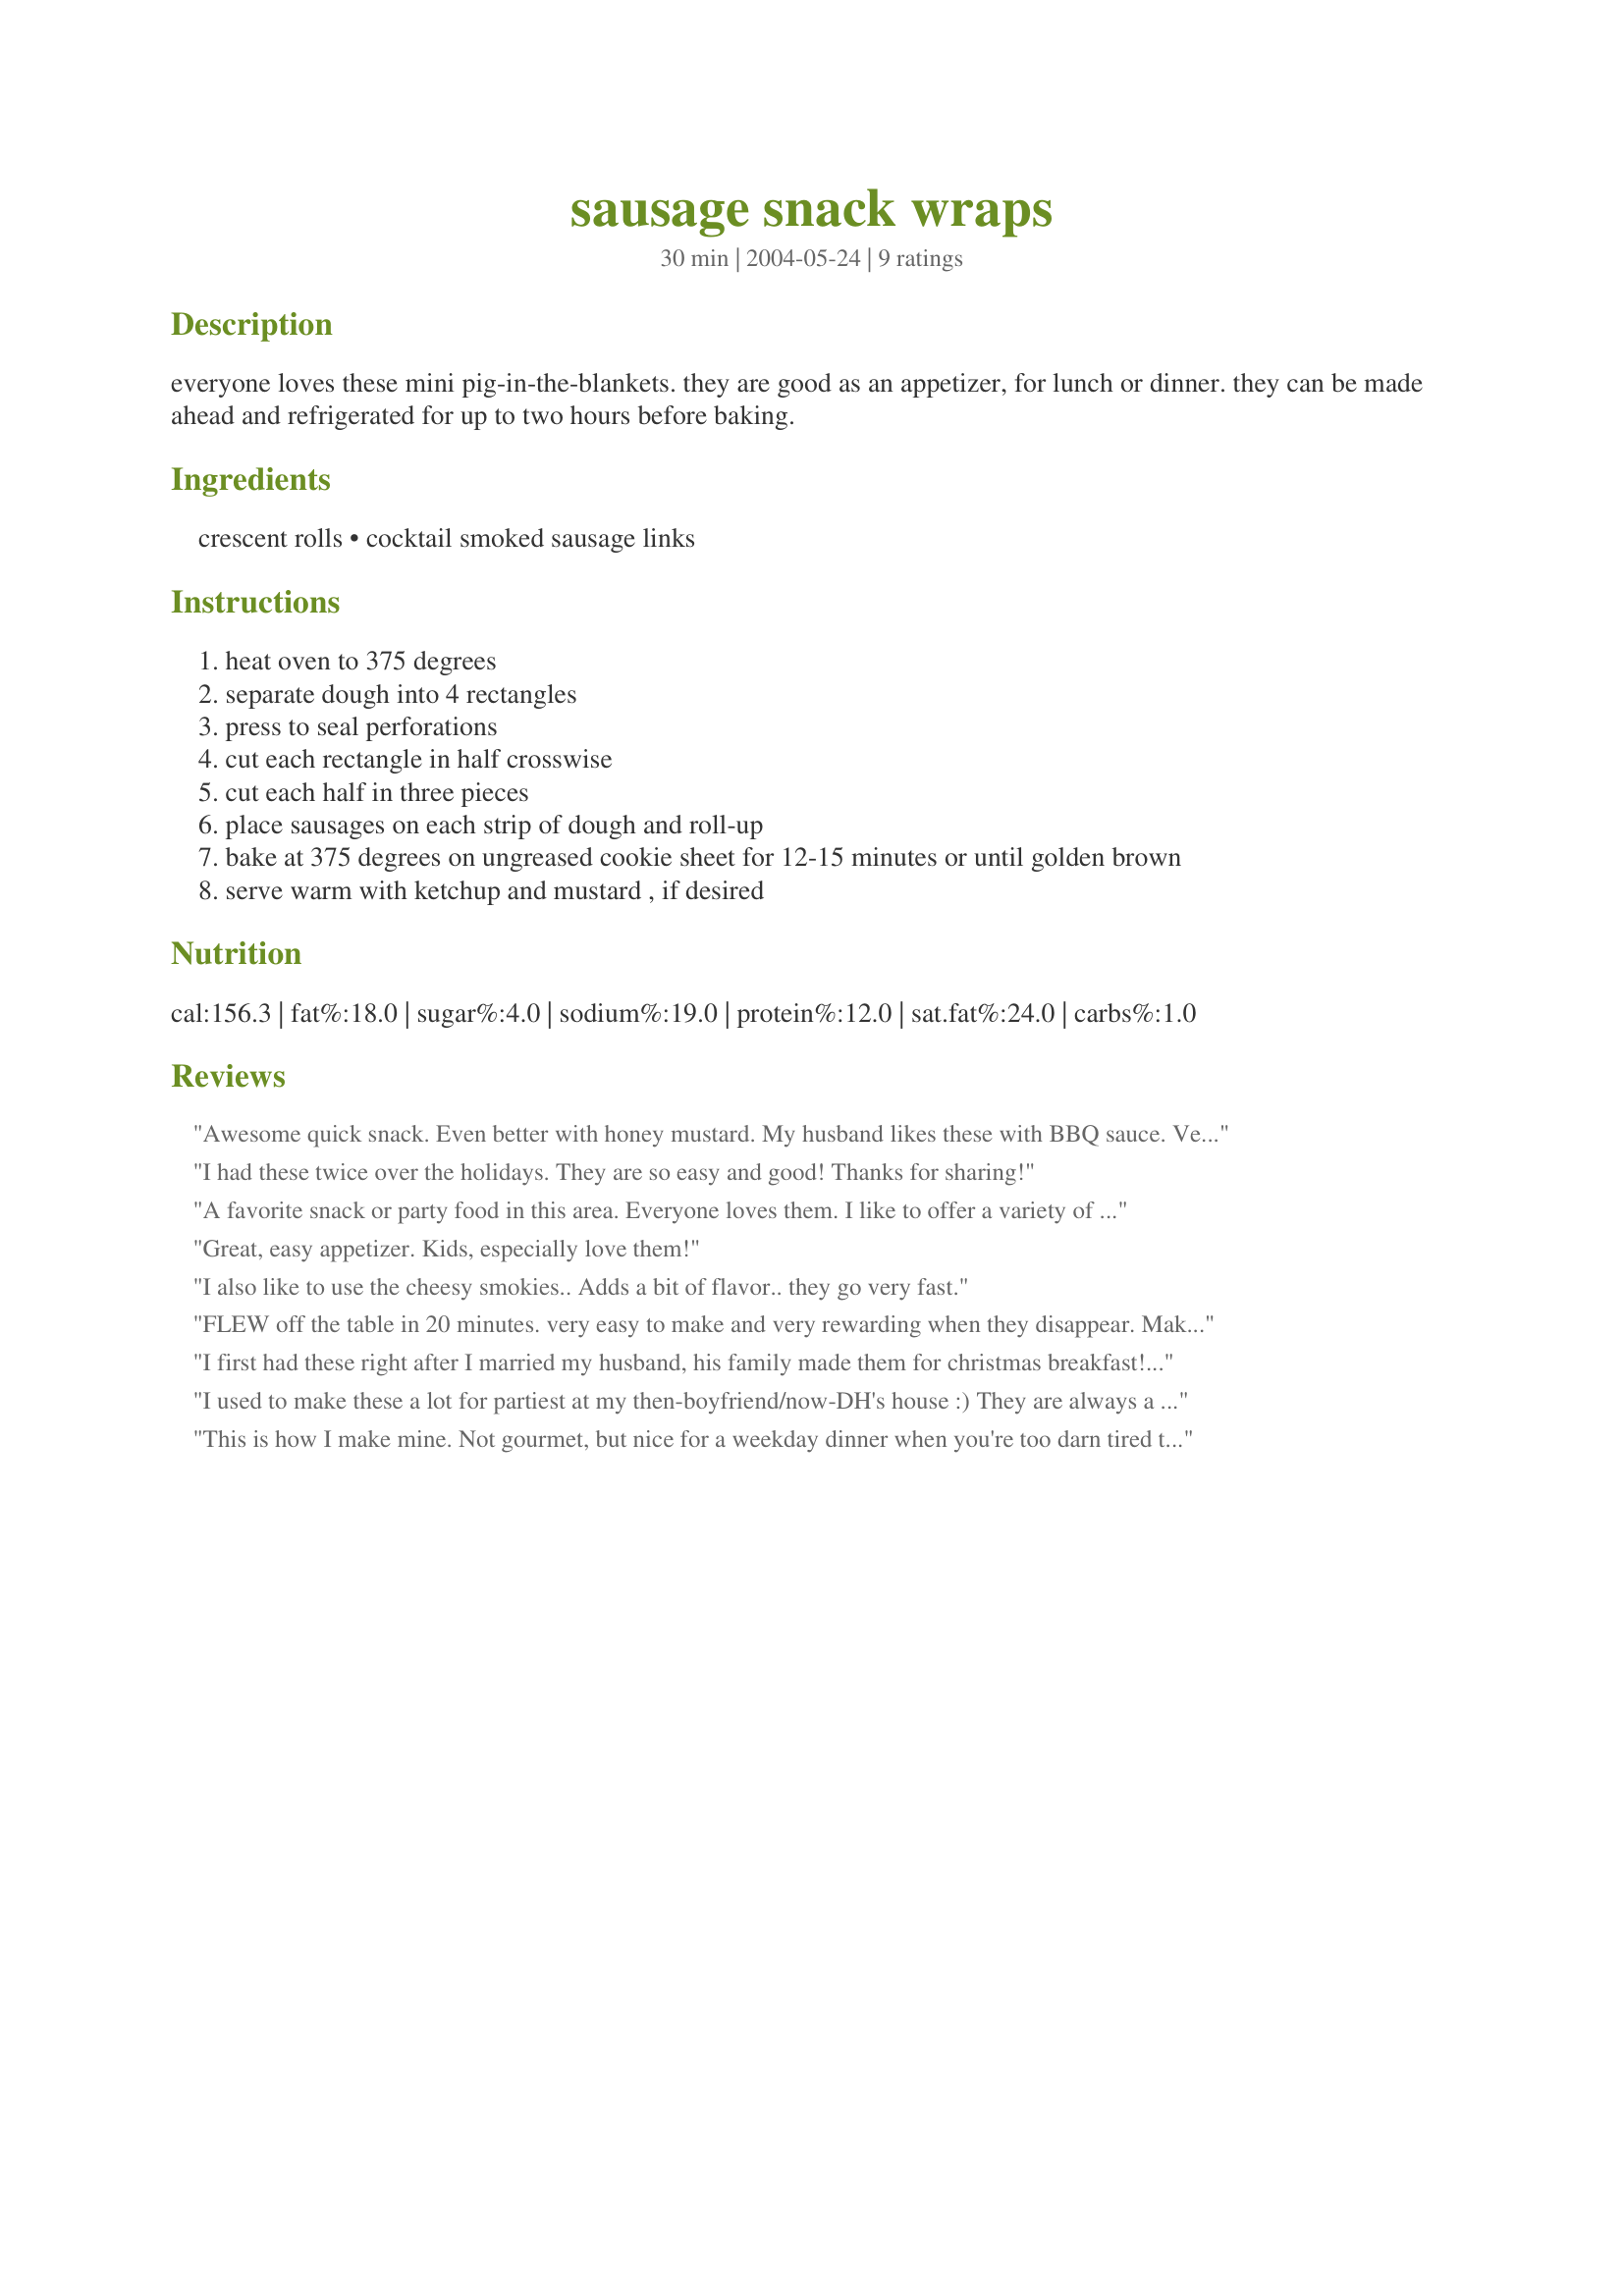
sausage snack wraps
Preparation time: 30 minutes

everyone loves these mini pig-in-the-blankets. they are good as an appetizer, for lunch or dinner. they can be made ahead and refrigerated for up to two hours before baking.

Ingredients:
crescent rolls, cocktail smoked sausage links

Steps:
heat oven to 375 degrees
separate dough into 4 rectangles
press to seal perforations
cut each rectangle in half crosswise
cut each half in three pieces
place sausages on each strip of dough and roll-up
bake at 375 degrees on ungreased cookie sheet for 12-15 minutes or until golden brown
serve warm with ketchup and mustard , if desired

Reviews:
Awesome quick snack. Even better with honey mustard. My husband likes these with BBQ sauce. Very good as leftovers too.
I had these twice over the holidays. They are so easy and good! Thanks for sharing!
A favorite snack or party food in this area. Everyone loves them. I like to offer a variety of "gourmet" mustards for dipping.
Great, easy appetizer. Kids, especially love them!
I also like to use the cheesy smokies.. Adds a bit of flavor.. they go very fast.
FLEW off the table in 20 minutes. very easy to make and very rewarding when they disappear. Makes a ton from one package of rolls and one bag of smokies which is good cause you're going to need them.
I first had these right after I married my husband, his family made them for christmas breakfast! They serve them with just a simple mustard/mayo mix and they go FAST!
I used to make these a lot for partiest at my then-boyfriend/now-DH's house :) They are always a hit, and I too like to serve with several mustard varieties.
This is how I make mine. Not gourmet, but nice for a weekday dinner when you're too darn tired to fix, stir, chop, etc. Easy and good.
